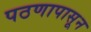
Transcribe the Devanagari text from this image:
पठणापासून